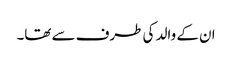
ان کے والد کی طرف سے تھا۔